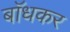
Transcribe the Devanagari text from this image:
बाॅधकर